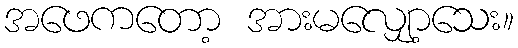
အဖေကတော့ အားမလျှော့သေး။